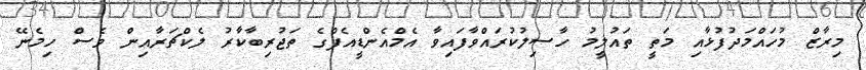
މިރާޒް މުހައްމަދުފުޅާއި މަތީ ތައުލީމު ހާސިލުކުރައްވާފައިވާ އެމްއެންޑީއެފްގެ ތަޖުރިބާކާރު ލެކްޗަރާއިން ވެސް ހިމެނޭ